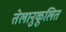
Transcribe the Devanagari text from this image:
तेलानुकूलित